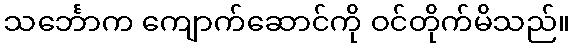
သင်္ဘောက ကျောက်ဆောင်ကို ဝင်တိုက်မိသည်။